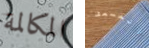
المكالمة المسعف